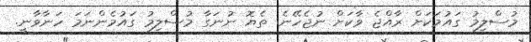
މުސްލިމު ގައުމަކަށް ރާއްޖެ ވާކަށް ނުޖެހޭނެ. ތެޔޮ ނުނަގާ މުސްލިމު ގައުމެންނަމަ ހަނާވާނީ.